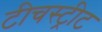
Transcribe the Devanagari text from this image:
टीचस्ट्रीट